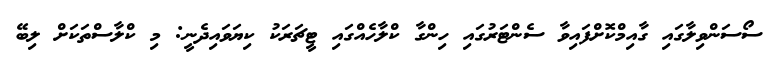
ސޯސަންވިލާގައި ގާއިމްކޮށްފައިވާ ސެންޓަރުގައި ހިންގާ ކްލާހެއްގައި ޓީޗަރަކު ކިޔަވައިދެނީ: މި ކްލާސްތަކަށް ލިބޭ